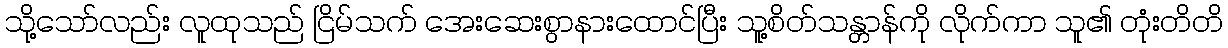
သို့သော်လည်း လူထုသည် ငြိမ်သက် အေးဆေးစွာနားထောင်ပြီး သူ့စိတ်သန္တာန်ကို လိုက်ကာ သူ၏ တုံးတိတိ